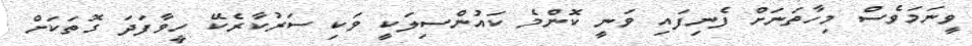
ވީނަމަވެސް މިހާތަނަށް ފެނިފައި ވަނީ ކޮންމެ ކައުންސިލަކީ ވަކި ސަރުކާރެކޭ ހީވާފަދަ ގޮތަކަށް